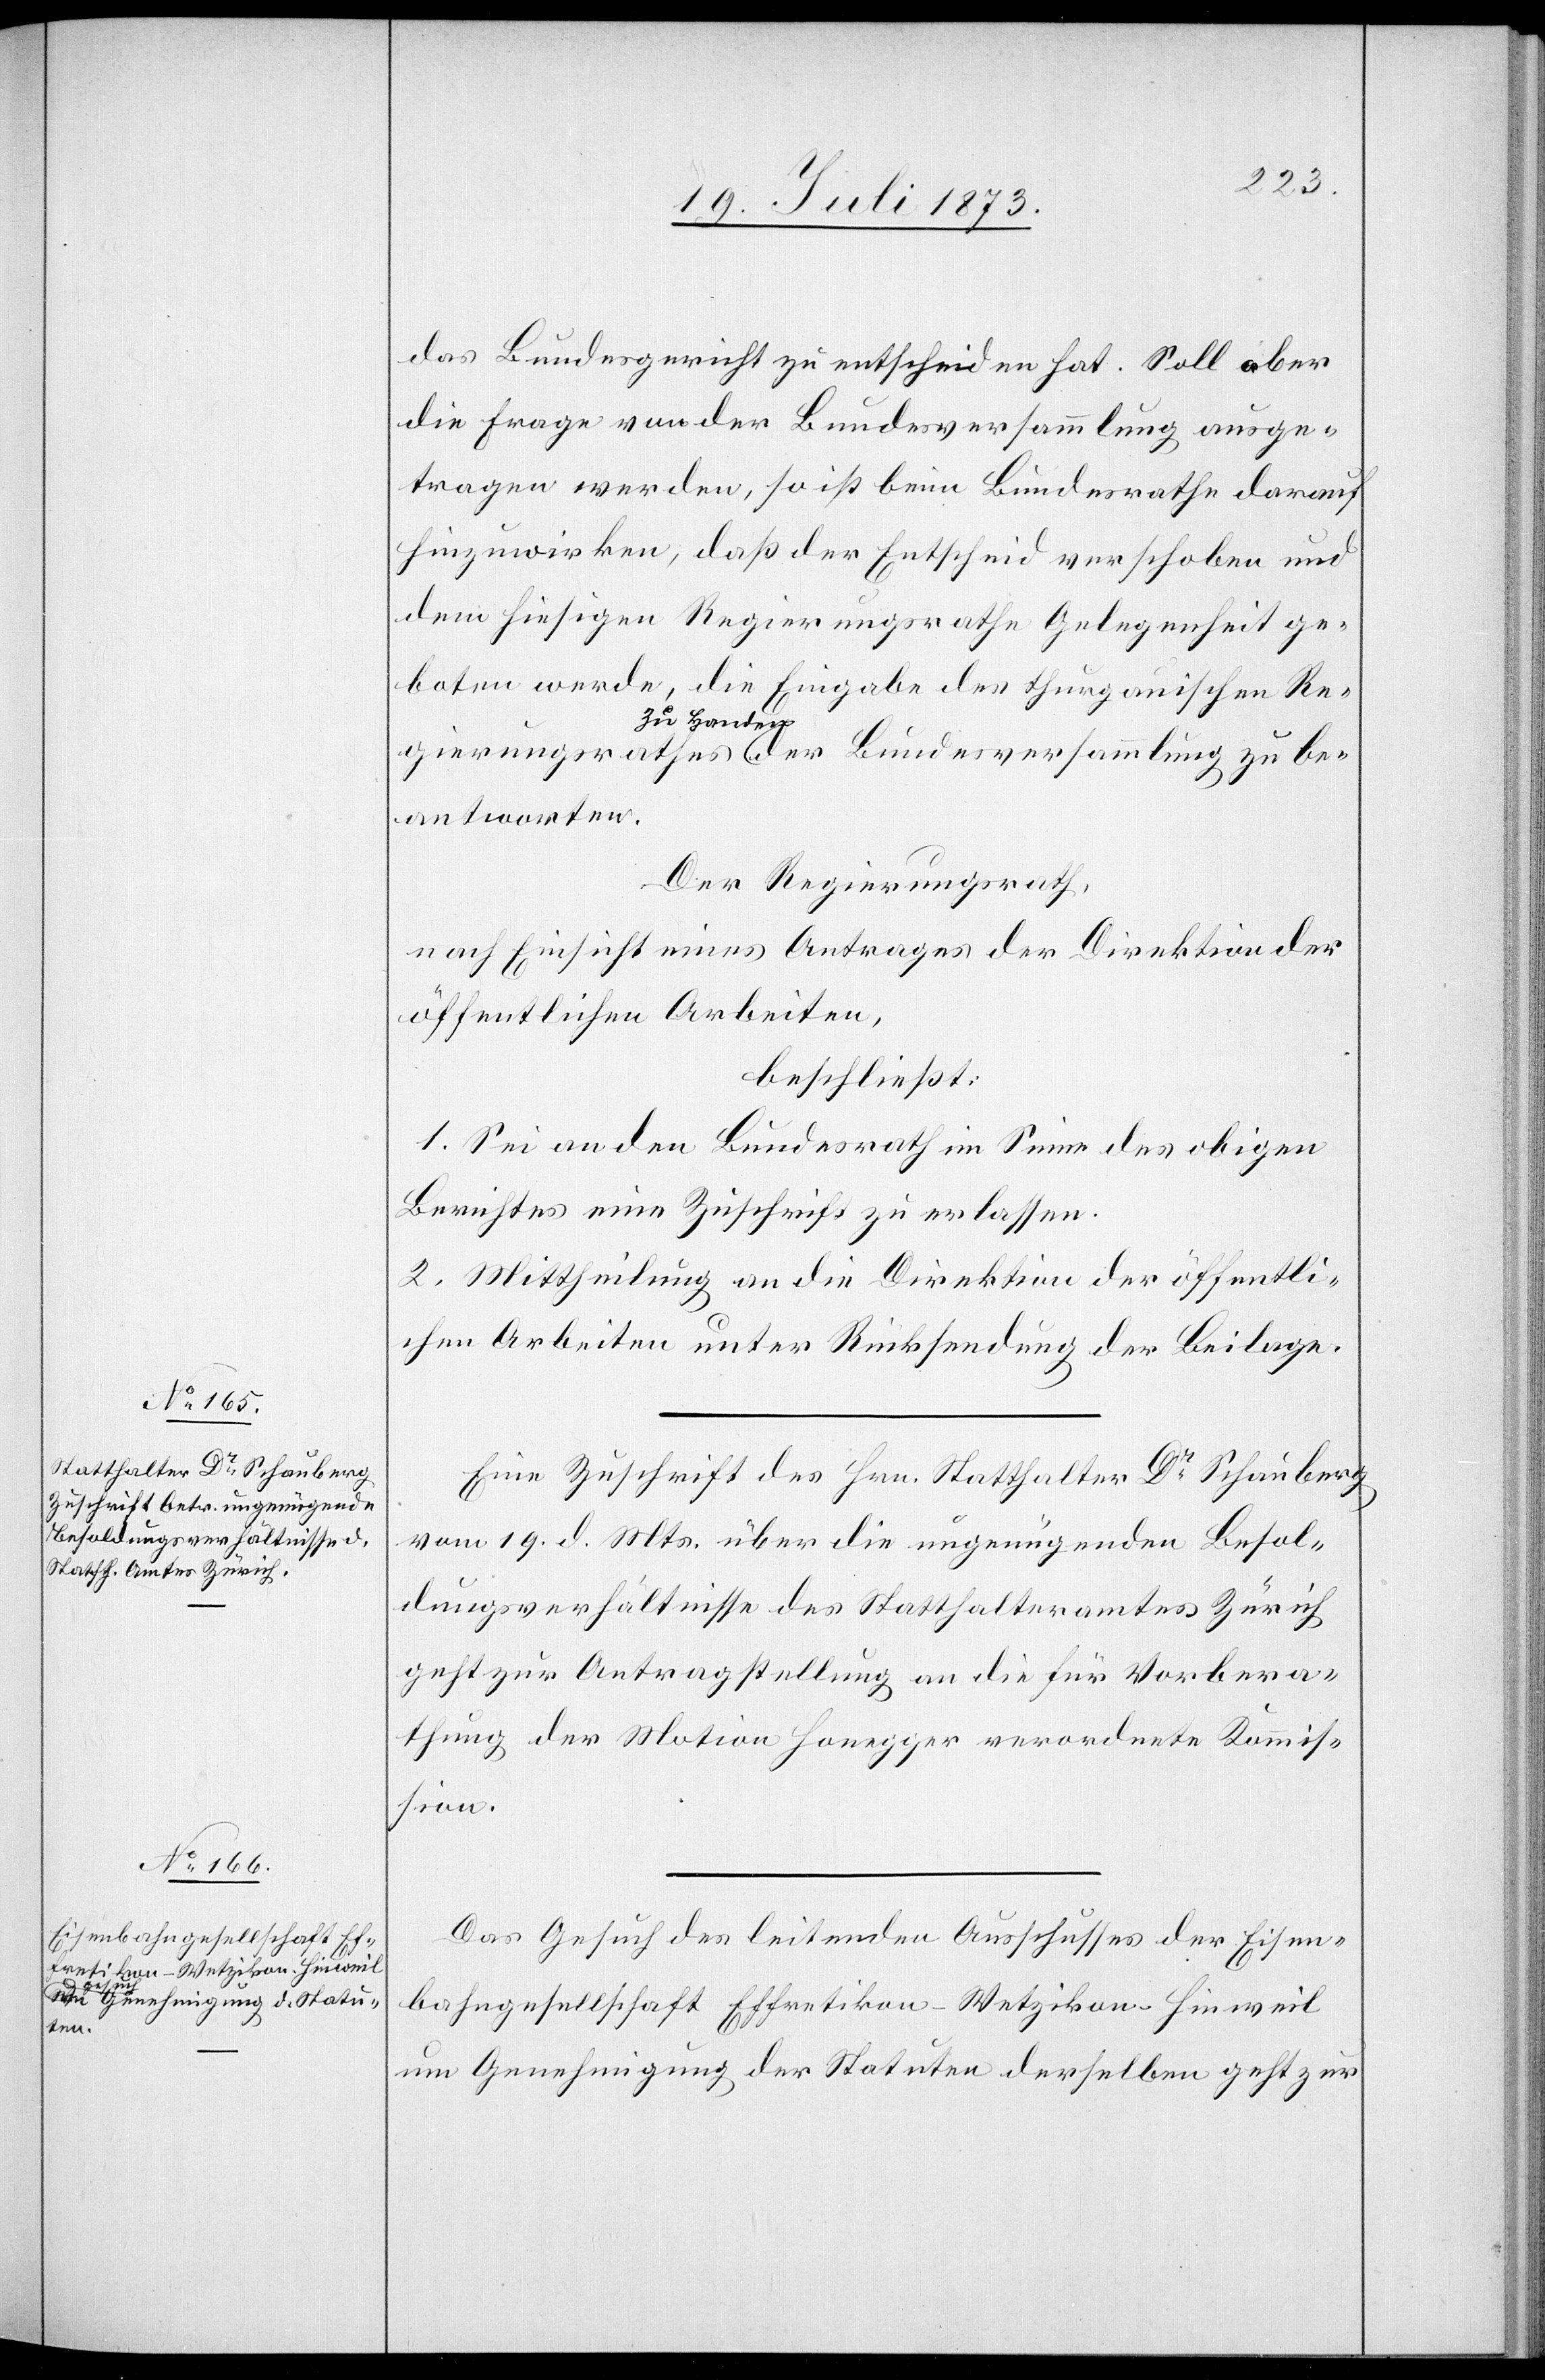
21. Juli 1873.]
das Bundesgericht zu entscheiden hat. Soll aber
die Frage von der Bundesversammlung ausge¬
tragen werden, so ist beim Bundesrathe darauf
hinzuwirken, daß der Entscheid verschoben und
dem hiesigen Regierungsrathe Gelegenheit ge¬
boten werde, die Eingabe des thurgauischen Re¬
gierungsrathes zu Handen der Bundesversammlung zu be¬
antworten.
Der Regierungsrath,
nach Einsicht eines Antrages der Direktion der
öffentlichen Arbeiten,
beschließt:
1. Sei an den Bundesrath im Sinne des obigen
Berichtes eine Zuschrift zu erlassen.
2. Mittheilung an die Direktion der öffentli¬
chen Arbeiten unter Rückstellung der Beilage.
Eine Zuschrift des Hrn. Statthalter Dr Schauberg
vom 19. d. Mts. über die ungenügenden Besol¬
dungsverhältnisse des Statthalteramtes Zürich
geht zur Antragstellung an die für Vorbera¬
thung der Motion Honegger verordnete Kommis¬
sion.
Das Gesuch des leitenden Ausschusses der Eisen¬
bahngesellschaft Effretikon–Wetzikon–Hinweil
um Genehmigung der Statuten derselben geht zur